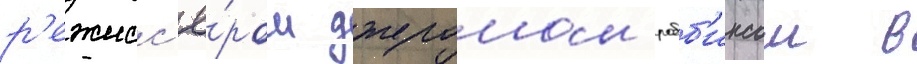
р'ежисс'ё́ром джеромом робб'инсом в